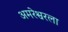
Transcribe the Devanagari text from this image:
अमरेश्वरला